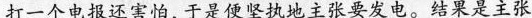
打一个电报还害怕，于是便坚执地主张要发电。结果是主张